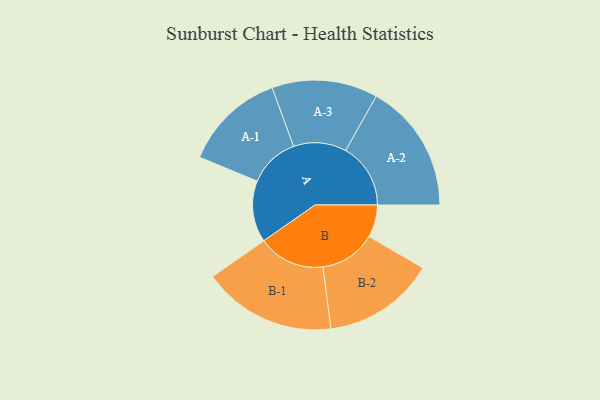
{"axis": {"x": "Segment", "y": "Value"}, "legend": ["", "A", "B"], "data": [{"x": "A", "y": 230, "type": ""}, {"x": "B", "y": 121, "type": ""}, {"x": "A-1", "y": 190, "type": "A"}, {"x": "A-2", "y": 243, "type": "A"}, {"x": "A-3", "y": 198, "type": "A"}, {"x": "B-1", "y": 250, "type": "B"}, {"x": "B-2", "y": 210, "type": "B"}]}